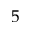
5